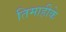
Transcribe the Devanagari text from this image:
तिमाहीके